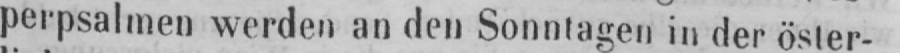
perpsalmen werden an den Sonntagen in der öster-